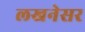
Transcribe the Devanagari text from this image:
लखनेसर